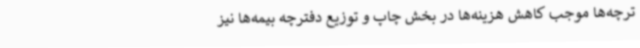
ترچه‌ها موجب کاهش هزینه‌ها در بخش چاپ و توزیع دفترچه بیمه‌ها نیز